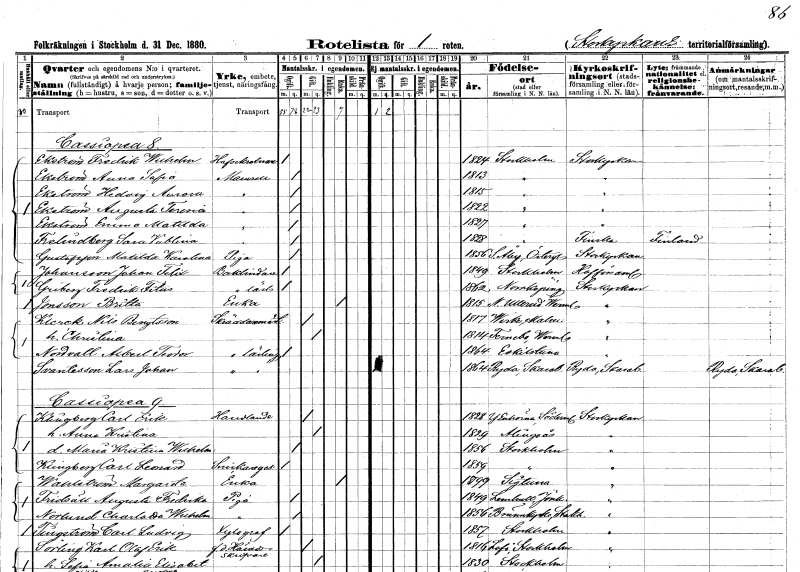
gt_parse: households: individuals: FN: Fredrik Wilhelm
EN: Ekström
YRKE: Hovsekreterare
KON: M
CIV: O
FODAR: 1824
FODFORS: Stockholm
FN: Anna Sofia
EN: Ekström
KON: K
CIV: O
FODAR: 1813
FODFORS: Stockholm
FN: Hedvig Aurora
EN: Ekström
KON: K
CIV: O
FODAR: 1815
FODFORS: Stockholm
FN: Augusta Teresia
EN: Ekström
KON: K
CIV: O
FODAR: 1822
FODFORS: Stockholm
FN: Emma Mathilda
EN: Ekström
KON: K
CIV: O
FODAR: 1827
FODFORS: Stockholm
FN: Sara Viblina
EN: Frelindberg
KON: K
CIV: O
FODAR: 1828
FODFORS: Stockholm
FN: Matilda Karolina
EN: Gustafsson
YRKE: Piga
KON: K
CIV: O
FODAR: 1856
FODFORS: Stora Åby Östergötlands län
FN: Johan Felix
EN: Johansson
YRKE: Bokbindare
KON: M
CIV: O
FODAR: 1849
FODFORS: Stockholm
FN: Fredrik Filus
EN: Griberg
YRKE: Bokbindarelärling
KON: M
CIV: O
FODAR: 1862
FODFORS: Norrköping Östergötlands län
FN: Britta
EN: Jonsson
YRKE: Änka
KON: K
CIV: E
FODAR: 1815
FODFORS: Nedre Ullerud Värmlands län
FN: Nils
EN: Klerek Bengtsson
YRKE: Skräddarmästare
KON: M
CIV: G
FODAR: 1817
FODFORS: Viken Malmöhus län
FN: Christina
KON: K
CIV: G
FODAR: 1814
FODFORS: Färnebo Värmlands län
FN: Albert Teodor
EN: Nordvall
YRKE: Skräddarelärling
KON: M
CIV: O
FODAR: 1864
FODFORS: Eskilstuna Södermanlands län
FN: Lars Johan
EN: Svantesson
YRKE: Skräddarelärling
KON: M
CIV: O
FODAR: 1864
FODFORS: Ryda Skaraborgs län
FN: Carl Erik
EN: Klingberg
YRKE: Handlande
KON: M
CIV: G
FODAR: 1828
FODFORS: Ytterenhörna Stockholms län
FN: Anna Kristina
KON: K
CIV: G
FODAR: 1829
FODFORS: Alingsås Älvsborgs län
FN: Maria Kristina Wilhelmina
KON: K
CIV: O
FODAR: 1856
FODFORS: Stockholm
FN: Carl Leonard
EN: Klingberg
YRKE: Snickaregesäll
KON: M
CIV: O
FODAR: 1859
FODFORS: Stockholm
FN: Margareta
EN: Wahlström
YRKE: Änka
KON: K
CIV: E
FODAR: 1799
FODFORS: Stockholm
FN: Augusta Fredrika
EN: Fridsäll
YRKE: Piga
KON: K
CIV: O
FODAR: 1849
FODFORS: Lemnhult Jönköpings län
FN: Charlotta Wilhelmina
EN: Norlund
YRKE: Piga
KON: K
CIV: O
FODAR: 1856
FODFORS: Brännkyrka Stockholms län